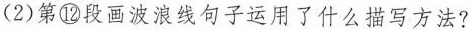
(2)第⑫段画波浪线句子运用了什么描写方法?